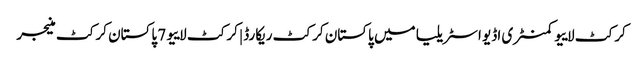
کرکٹ لاییو کمنٹری اڈیو اسٹریلیا میں پاکستان کرکٹ ریکارڈ | کرکٹ لاییو 7 پاکستان کرکٹ منیجر